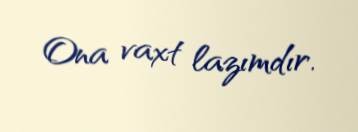
Ona vaxt lazımdır.